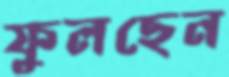
ফুলছেন